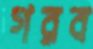
গরব